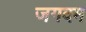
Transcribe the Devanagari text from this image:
जगदम